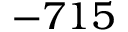
- 7 1 5